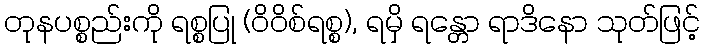
တုနပစ္စည်းကို ရစ္စပြု (ဝိဝိစ်ရစ္စ), ရမှိ ရန္တော ရာဒိနော သုတ်ဖြင့်